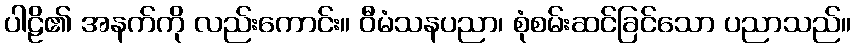
ပါဠိ၏ အနက်ကို လည်းကောင်း။ ဝီမံသနပညာ၊ စုံစမ်းဆင်ခြင်သော ပညာသည်။